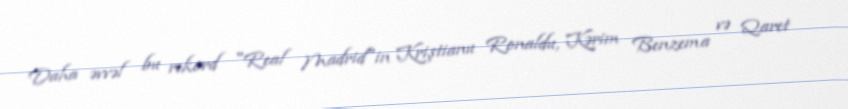
Daha əvvəl bu rekord "Real Madrid"in Kriştianu Ronaldu, Kərim Benzema və Qaret